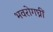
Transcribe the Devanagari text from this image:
भवरोगघ्नीं